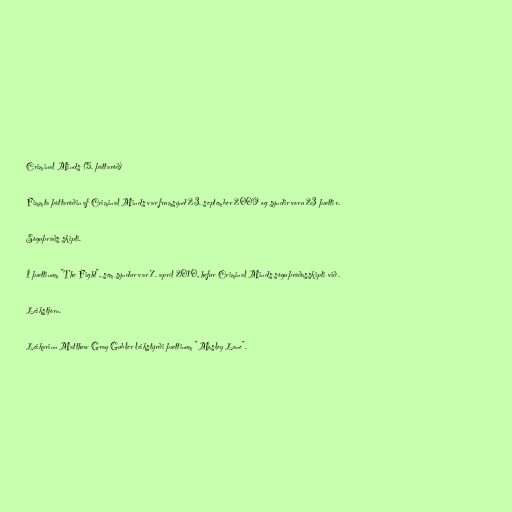
Criminal Minds (5. þáttaröð)

Fimmta þáttaröðin af Criminal Minds var frumsýnd 23. september 2009 og sýndir voru 23 þættir.

Söguþráðs skipti.

Í þættinum "The Fight", sem sýndur var 7. apríl 2010, hefur Criminal Minds söguþráðasskipti við .

Leikstjórn.

Leikarinn Matthew Gray Gubler leikstýrði þættinum "Mosley Lane".